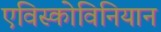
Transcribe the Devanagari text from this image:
एविस्कोविनियान